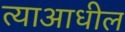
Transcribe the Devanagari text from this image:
त्याआधील